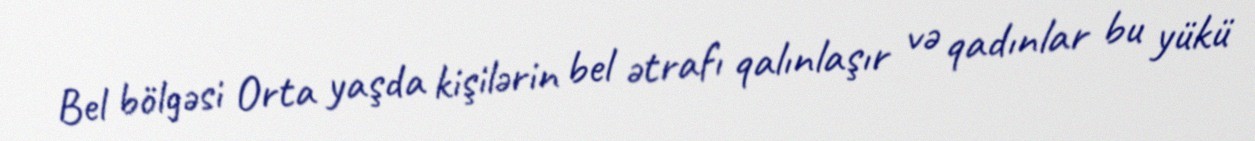
Bel bölgəsi Orta yaşda kişilərin bel ətrafı qalınlaşır və qadınlar bu yükü